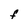
Character: F